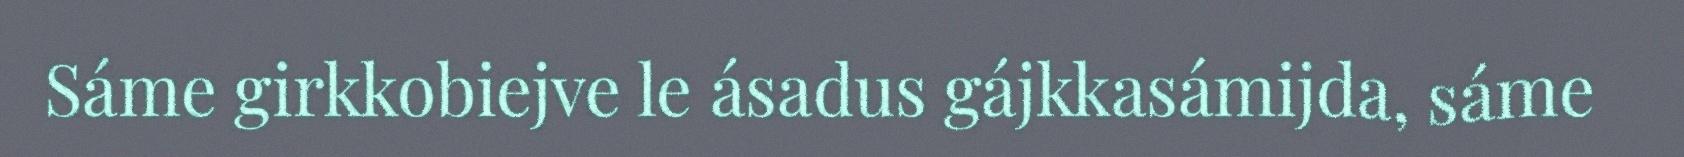
Sáme girkkobiejve le ásadus gájkkasámijda, sáme